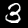
Digit: 3